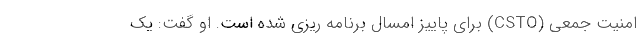
امنیت جمعی (CSTO) برای پاییز امسال برنامه ریزی شده است. او گفت: یک